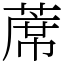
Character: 蓆